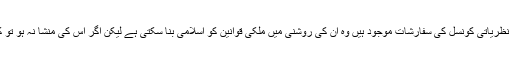
پارلیمنٹ کے پاس اسلامی نظریاتی کونسل کی سفارشات موجود ہیں وہ ان کی روشنی میں ملکی قوانین کو اسلامی بنا سکتی ہے لیکن اگر اس کی منشا نہ ہو تو کونسل کچھ نہیں کر سکتی۔